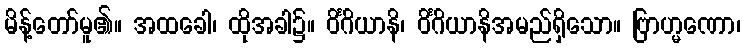
မိန့်တော်မူ၏။ အထခေါ၊ ထိုအခါ၌။ ဝိင်္ဂိယာနိ၊ ဝိင်္ဂိယာနိအမည်ရှိသော။ ဗြာဟ္မဏော၊